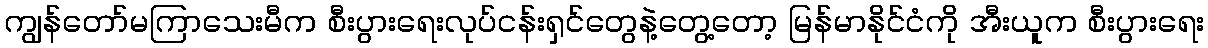
ကျွန်တော်မကြာသေးမီက စီးပွားရေးလုပ်ငန်းရှင်တွေနဲ့တွေ့တော့ မြန်မာနိုင်ငံကို အီးယူက စီးပွားရေး